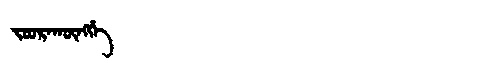
Manchu: ᠵᠣᠣᡵᠠᡴᡡᠩᡤᡝ
Romanization: JOORAKŪNGGE